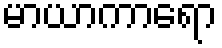
မာယာကာရော